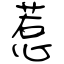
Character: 惹